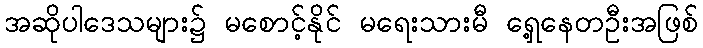
အဆိုပါဒေသများ၌ မစောင့်နိုင် မရေးသားမီ ရှေ့နေတဦးအဖြစ်